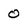
Character: 0